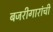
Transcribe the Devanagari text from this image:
बजरीगारांची